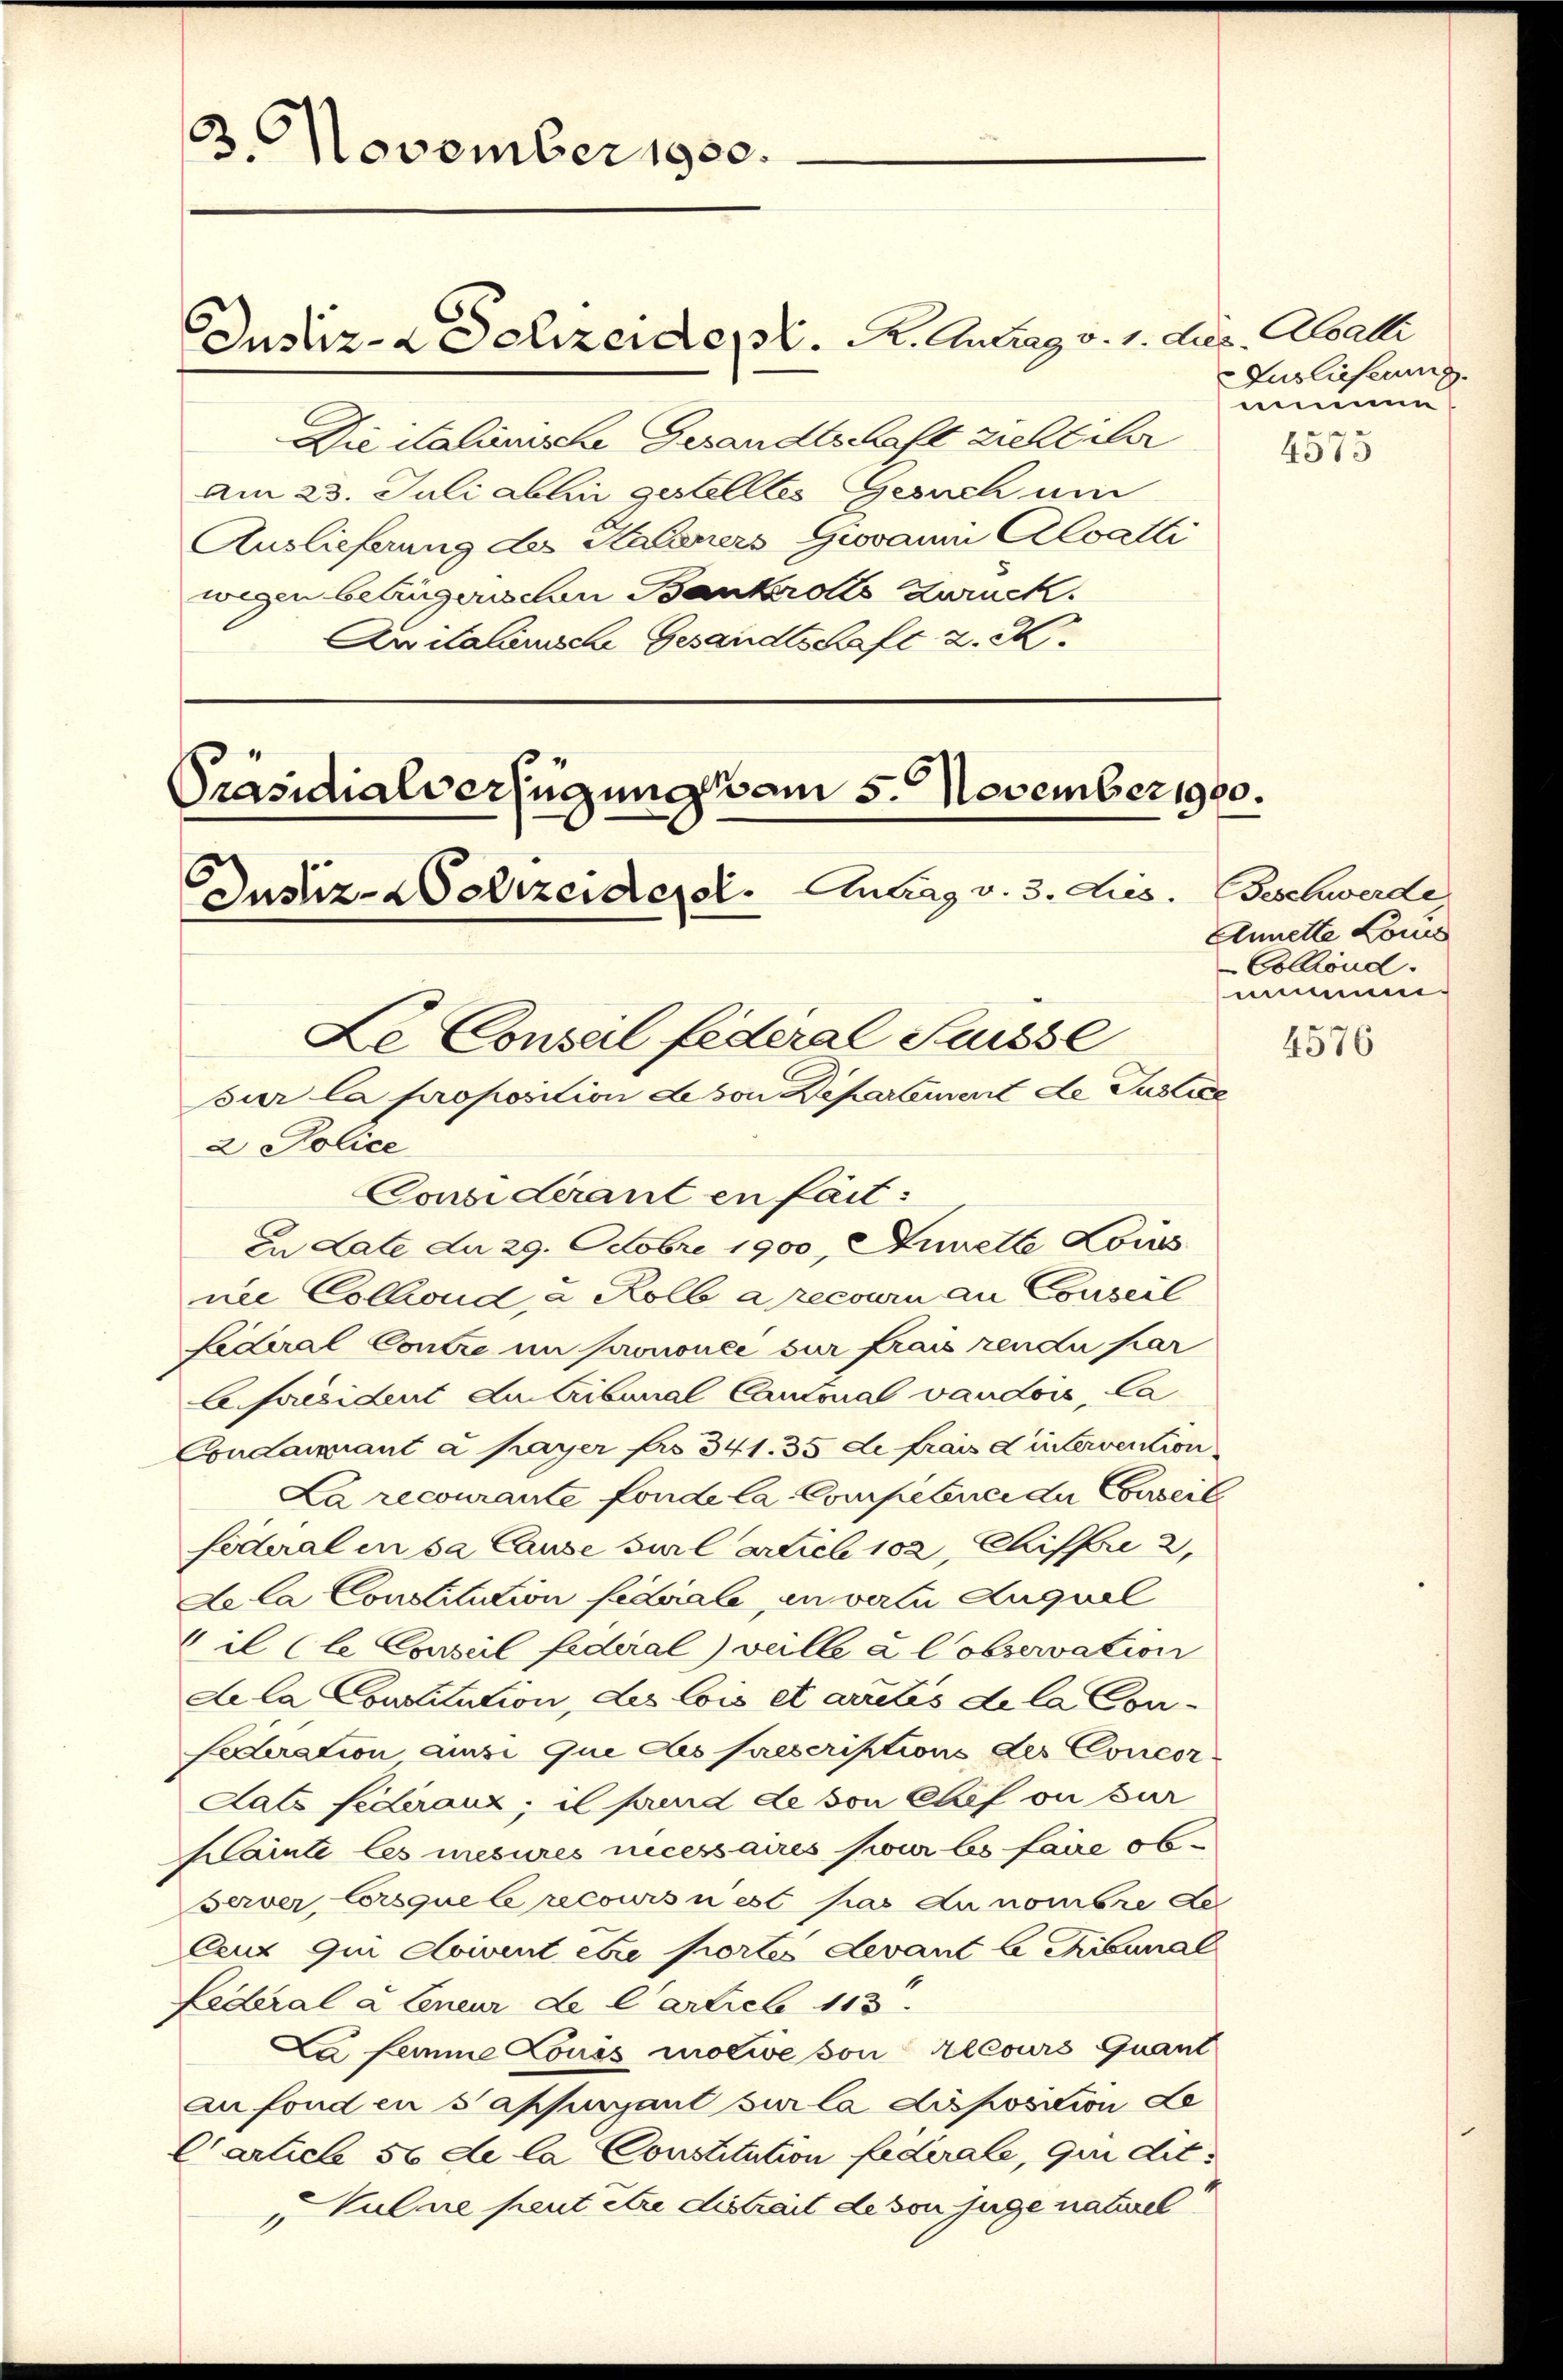
3. November 1980.

Justiz- & Schreide pr. K. Antrag v. 1. ds. Aalli

Präsidialverfügung vom 5. November 1900.
Le Conseil fédéral Suisse
pour la proposition de von Departement de Justice
2 Police
Considerant en fait:

Die italienische Gesandtschaft zieht ihr
Am 23. Juli allen gestelltes Gesuch um
Auslieferung des Habeners Giovanni Alvatti
wegen betrügerischen Bankerolls zurück.
Andalinische Gesandtschaft z. K.

In Late da 29. Octobre 1900, Annelle Louis
nie Collend, u. Kolb a recourn an Conseil
federal Contre im prononcé sur frais rendu kar
C haesident Austribunal Cantonal vaudois, Ca
Condamant à payer pro 341. 35 de frais d intervention
La recourante fonde la Competence du Conseil
foderal in sa cause viel artieb 102, Chiffre 2,
de la Constitution federiale, in verlei Auquel
il Cle Conseil federal veille à Cobservation
de la Constitution, Les lois et arites de la Con¬
Sederation aussi que ces prescriptions des Concordats Federanz; il prend de von Chef ou par
Hainte les mesures necessaires pour le faire observer, lorsque le recours n’est pas du nombre Le
Ceux qui doivent être portes Levant le Tribunal
Federal 2 Eneur de Cartiel 113.
La femme Louis molwe von Alcours Quant
au fonden sappuyant sur la disposition Le
Carlich 56 de la Constitution federale, que die
Vulne peut être distrait de von juge naturel.

Justiz-Polizeiderol. Antrag v. 3. Lies. Beschwerde

Auslieferung.
mimen

4575

Ennette Louis
Collend.
umun¬

4576